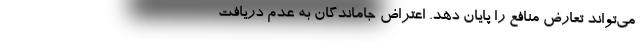
می‌تواند تعارض منافع را پایان دهد. اعتراض جاماندگان به عدم دریافت